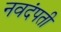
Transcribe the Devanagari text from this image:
नवदंपती